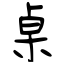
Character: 桌